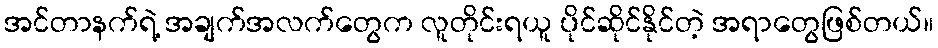
အင်တာနက်ရဲ့ အချက်အလက်တွေက လူတိုင်းရယူ ပိုင်ဆိုင်နိုင်တဲ့ အရာတွေဖြစ်တယ်။